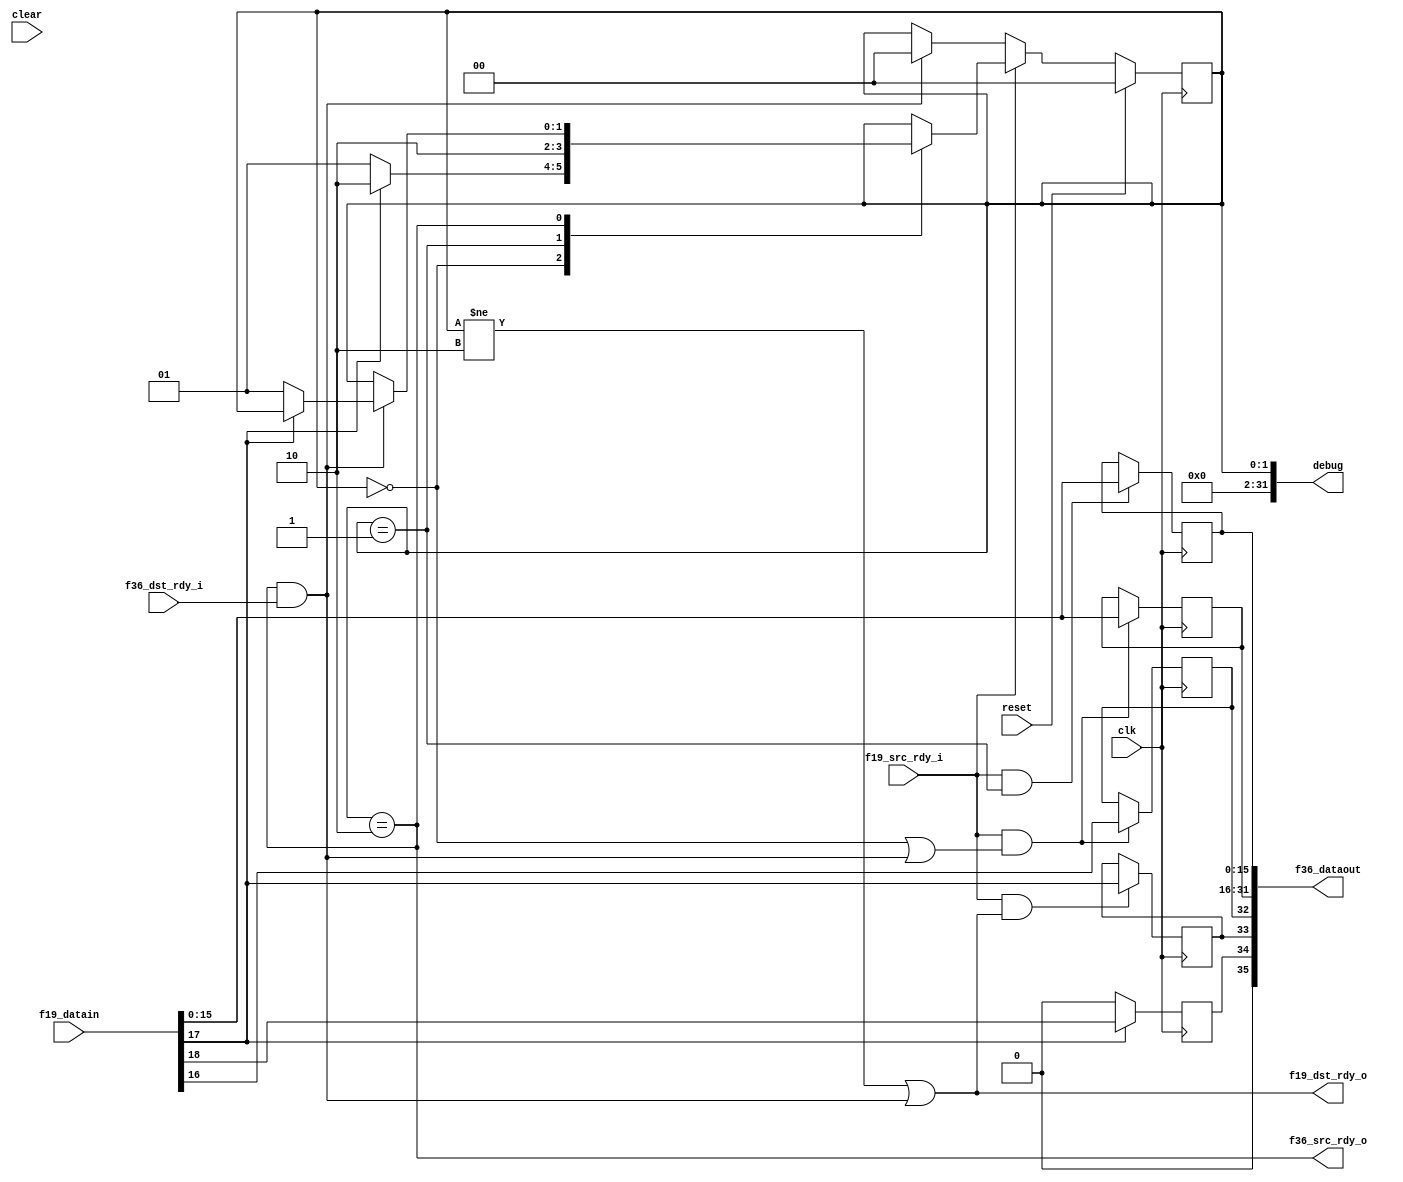

module fifo19_to_fifo36
  (input clk, input reset, input clear,
   input [18:0] f19_datain,
   input f19_src_rdy_i,
   output f19_dst_rdy_o,

   output [35:0] f36_dataout,
   output f36_src_rdy_o,
   input f36_dst_rdy_i,
   output [31:0] debug
   );

   reg 	 f36_sof, f36_eof, f36_occ;
   
   reg [1:0] state;
   reg [15:0] dat0, dat1;

   wire f19_sof  = f19_datain[16];
   wire f19_eof  = f19_datain[17];
   wire f19_occ  = f19_datain[18];

   wire xfer_out = f36_src_rdy_o & f36_dst_rdy_i;

   always @(posedge clk)
     if(f19_src_rdy_i & ((state==0)|xfer_out))
       f36_sof 	<= f19_sof;

   always @(posedge clk)
     if(f19_src_rdy_i & ((state != 2)|xfer_out))
       f36_eof 	<= f19_eof;

   always @(posedge clk)    // FIXME check this
     if(f19_eof)
       f36_occ 	<= {state[0],f19_occ};
     else
       f36_occ 	<= 0;
   
   always @(posedge clk)
     if(reset)
       state 	<= 0;
     else
       if(f19_src_rdy_i)
	 case(state)
	   0 : 
	     if(f19_eof)
	       state <= 2;
	     else
	       state <= 1;
	   1 : 
	     state <= 2;
	   2 : 
	     if(xfer_out)
	       if(~f19_eof)
		 state 	   <= 1;
	   // remain in state 2 if we are at eof
	 endcase // case(state)
       else
	 if(xfer_out)
	   state 	   <= 0;

   always @(posedge clk)
     if(f19_src_rdy_i & (state==1))
       dat1 		   <= f19_datain;

   always @(posedge clk)
     if(f19_src_rdy_i & ((state==0) | xfer_out))
       dat0 		   <= f19_datain;
   
   assign    f19_dst_rdy_o  = xfer_out | (state != 2);
   assign    f36_dataout    = {f36_occ,f36_eof,f36_sof,dat0,dat1};
   assign    f36_src_rdy_o  = (state == 2);

   assign    debug = state;
   
endmodule // fifo19_to_fifo36